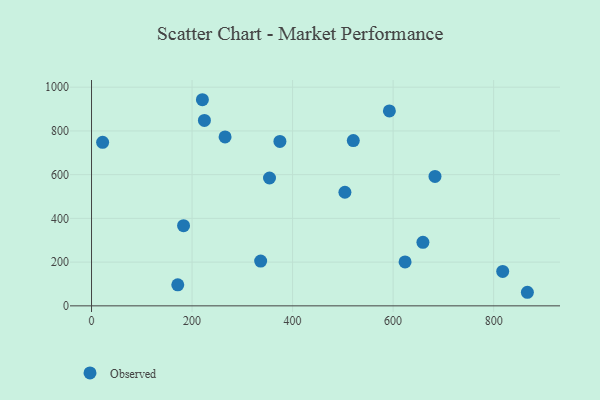
{"axis": {"x": "Price", "y": "Fuel Efficiency"}, "legend": ["Observed"], "data": [{"x": "374.8", "y": 751.8, "type": "Observed"}, {"x": "220.6", "y": 942.7, "type": "Observed"}, {"x": "265.7", "y": 772.4, "type": "Observed"}, {"x": "520.8", "y": 756.0, "type": "Observed"}, {"x": "659.3", "y": 290.4, "type": "Observed"}, {"x": "623.8", "y": 201.0, "type": "Observed"}, {"x": "22.1", "y": 747.7, "type": "Observed"}, {"x": "336.5", "y": 204.9, "type": "Observed"}, {"x": "354.1", "y": 584.8, "type": "Observed"}, {"x": "818.0", "y": 157.5, "type": "Observed"}, {"x": "504.1", "y": 519.5, "type": "Observed"}, {"x": "867.1", "y": 62.1, "type": "Observed"}, {"x": "683.3", "y": 591.7, "type": "Observed"}, {"x": "224.6", "y": 848.1, "type": "Observed"}, {"x": "183.1", "y": 366.6, "type": "Observed"}, {"x": "592.6", "y": 891.5, "type": "Observed"}, {"x": "171.6", "y": 96.4, "type": "Observed"}]}